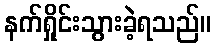
နက်ရှိုင်းသွားခဲ့ရသည်။